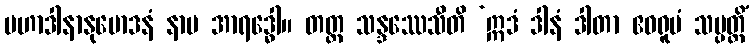
မဟာဒါနာနုမောဒနံ နာမ အာရဒ္ဓေါ။ တတ္ထ သန္ဒဿေသီတိ ‘ဣဒံ ဒါနံ ဒါတာ ဧဝရူပံ သမ္ပတ္တိံ